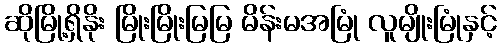
ဆိုမြို့ရှိနိုး မြိုးမြိုးမြမြ မိန်းမအမြုံ လူမျိုးမြုံနှင့်